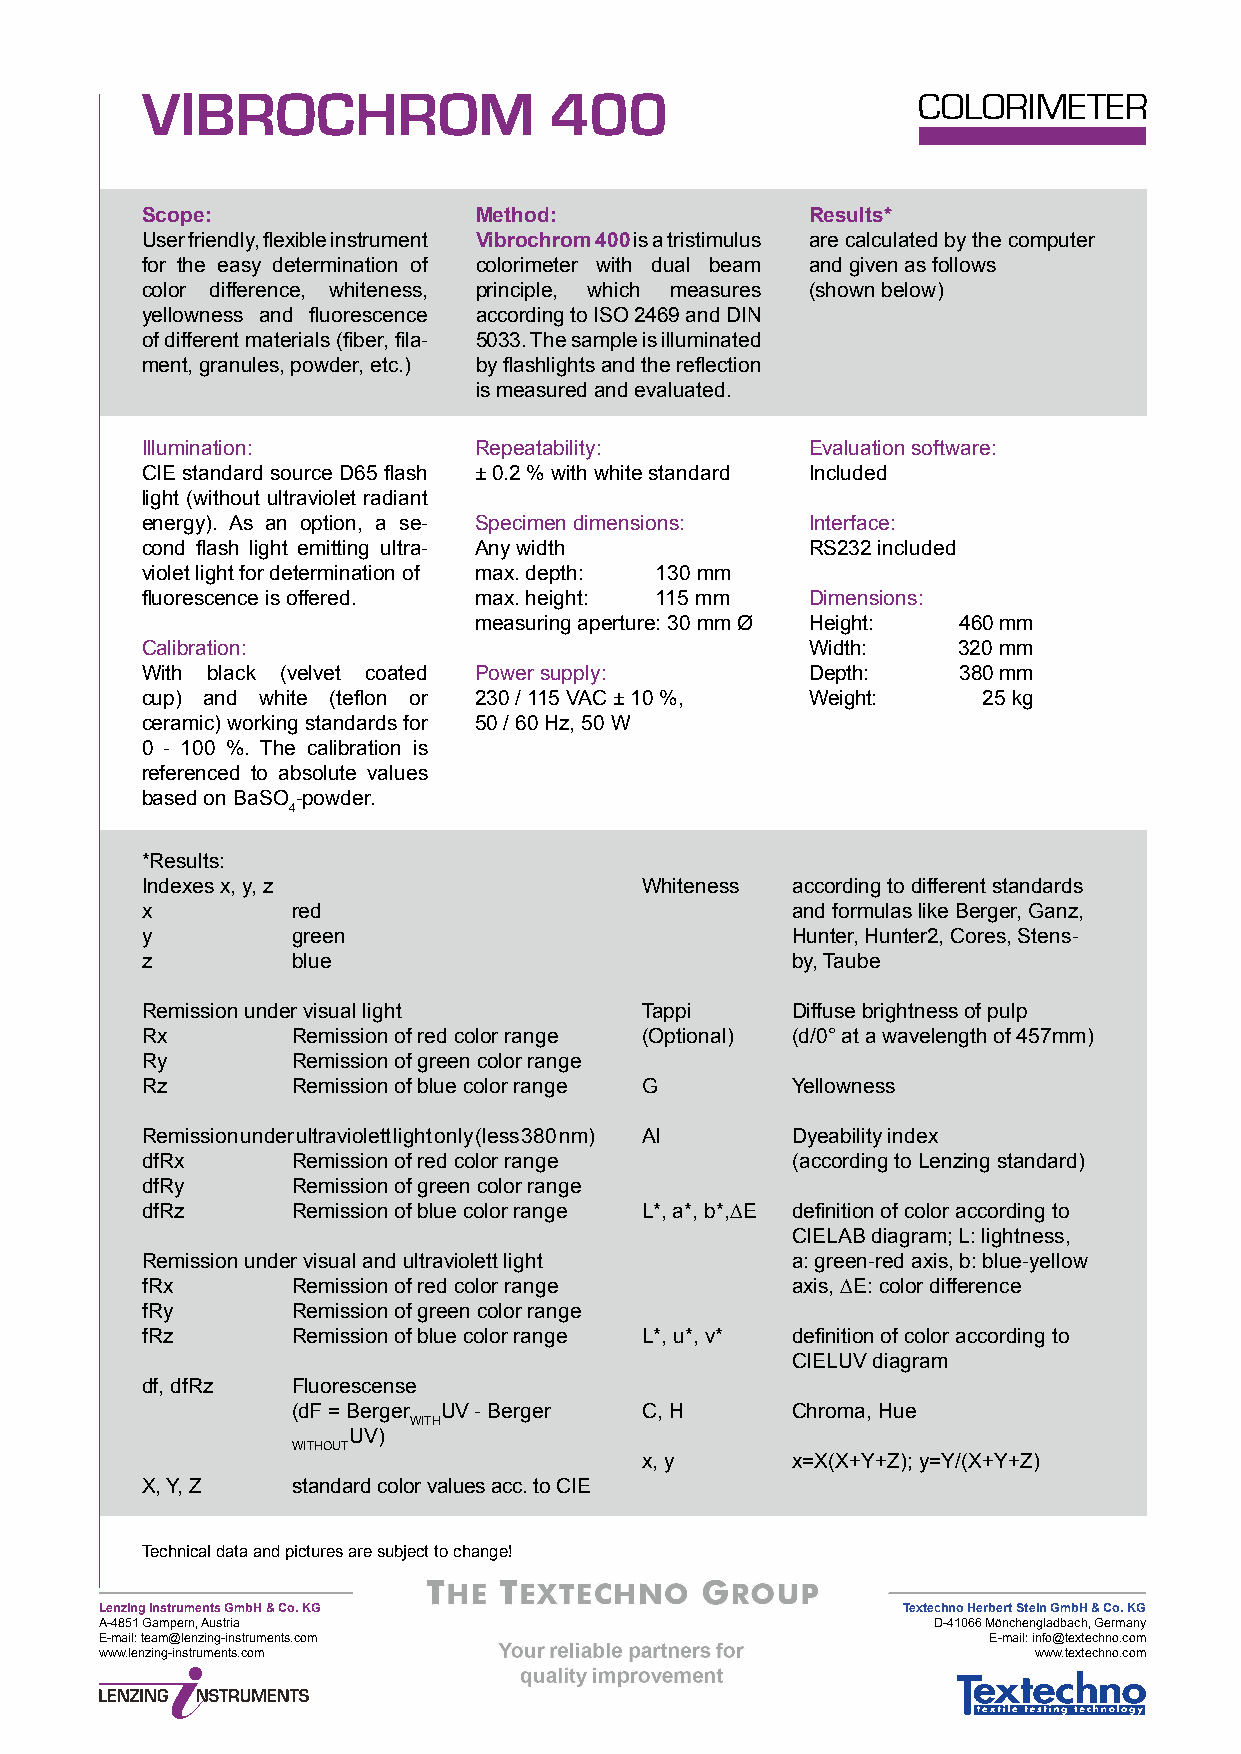
VIBROCHROM                 400                      COLORIMETER
 Scope:                Method:                Results*
 User friendly, flexible instrument Vibrochrom 400 is a tristimulus are calculated by the computer
 for the easy determination of colorimeter with dual beam and given as follows
 color difference, whiteness, principle, which measures (shown below)
 yellowness and fluorescence according to ISO 2469 and DIN
 of different materials (fiber, fila- 5033. The sample is illuminated
 ment, granules, powder, etc.) by flashlights and the reflection
 is measured and evaluated.
 Illumination:         Repeatability:         Evaluation software:
 CIE standard source D65 flash ± 0.2 % with white standard Included
 light (without ultraviolet radiant
 energy). As an option, a se- Specimen dimensions: Interface:
 cond flash light emitting ultra- Any width   RS232 included
 violet light for determination of max. depth: 130 mm
 fluorescence is offered. max. height: 115 mm Dimensions:
 measuring aperture: 30 mm Ø Height: 460 mm
 Calibration:                                 Width:   320 mm
 With black (velvet coated Power supply:      Depth:   380 mm
 cup) and white (teflon or 230 / 115 VAC ± 10 %, Weight: 25 kg
 ceramic) working standards for 50 / 60 Hz, 50 W
 0 - 100 %. The calibration is
 referenced to absolute values
 based on BaSO -powder.
 4
 *Results:
 Indexes x, y, z                  Whiteness according to different standards
 x         red                              and formulas like Berger, Ganz,
 y         green                            Hunter, Hunter2, Cores, Stens-
 z         blue                             by, Taube
 Remission under visual light     Tappi     Diffuse brightness of pulp
 Rx        Remission of red color range (Optional) (d/0° at a wavelength of 457mm)
 Ry        Remission of green color range
 Rz        Remission of blue color range G  Yellowness
 Remission under ultraviolett light only (less 380 nm) Al Dyeability index
 dfRx      Remission of red color range     (according to Lenzing standard)
 dfRy      Remission of green color range
 dfRz      Remission of blue color range L*, a*, b*,∆E definition of color according to
 CIELAB diagram; L: lightness,
 Remission under visual and ultraviolett light a: green-red axis, b: blue-yellow
 fRx       Remission of red color range     axis, ∆E: color difference
 fRy       Remission of green color range
 fRz       Remission of blue color range L*, u*, v* definition of color according to
 CIELUV diagram
 df, dfRz  Fluorescense
 (dF = Berger UV - Berger C, H    Chroma, Hue
 WITH
 UV)
 WITHOUT
 x, y      x=X(X+Y+Z); y=Y/(X+Y+Z)
 X, Y, Z   standard color values acc. to CIE
 Technical data and pictures are subject to change!
 Lenzing Instruments GmbH & Co. KG                    Textechno Herbert Stein GmbH & Co. KG
 A-4851 Gampern, Austria                                D-41066 Mönchengladbach, Germany
 E-mail: team@lenzing-instruments.com                      E-mail: info@textechno.com
 www.lenzing-instruments.com                                  www.textechno.com